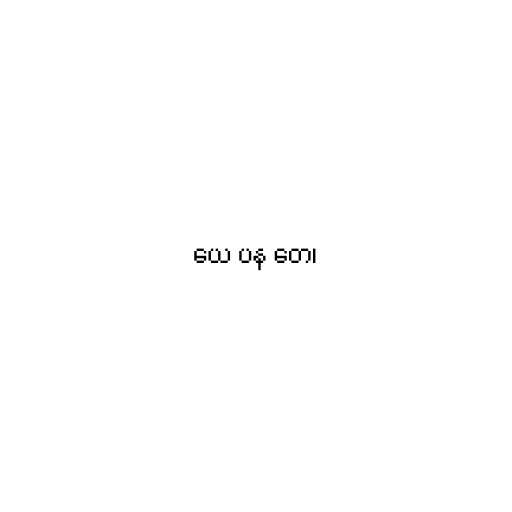
ယေ ပန တေ၊